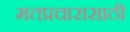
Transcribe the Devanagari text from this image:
मतप्रचारासाठी